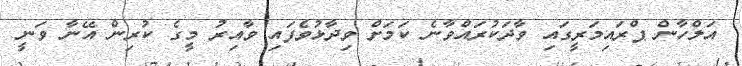
އަލްހާން ޕްރައިމަރީގައި ވާދަކުރައްވާނެ ކަމަށް ވިދާޅުވެފައި ވާއިރު މީގެ ކުރިން އޭނާ ވަނީ